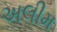
અલીમ